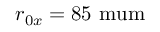
r _ { 0 x } = 8 5 \mathrm { \ m u m }